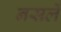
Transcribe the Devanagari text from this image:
नसलें